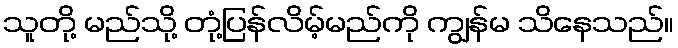
သူတို့ မည်သို့ တုံ့ပြန်လိမ့်မည်ကို ကျွန်မ သိနေသည်။